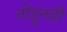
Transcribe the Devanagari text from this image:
तोडूनही